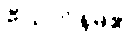
ဗီယက်နမ်၏